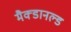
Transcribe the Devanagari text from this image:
मैक्डानल्ड